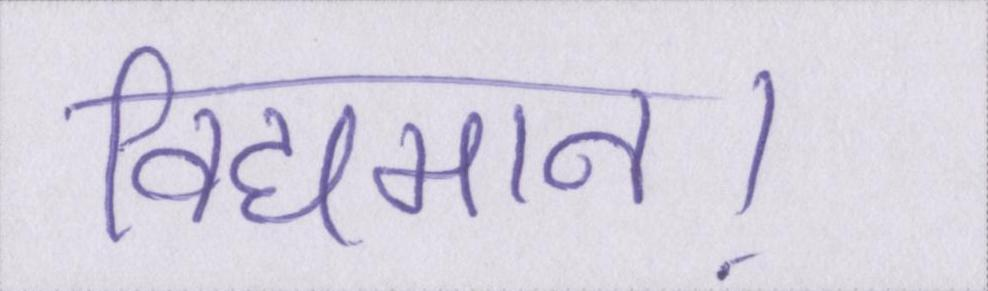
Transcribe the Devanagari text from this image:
विद्यमान।